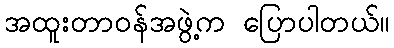
အထူးတာဝန်အဖွဲ့က ပြောပါတယ်။